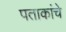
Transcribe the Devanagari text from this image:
पताकांचे